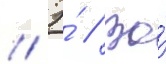
// Э́ // Во́